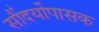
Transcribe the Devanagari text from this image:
सौंदर्योपासक